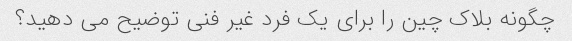
چگونه بلاک چین را برای یک فرد غیر فنی توضیح می دهید؟